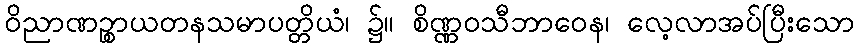
ဝိညာဏဉ္စာယတနသမာပတ္တိယံ၊ ၌။ စိဏ္ဏဝသီဘာဝေန၊ လေ့လာအပ်ပြီးသော